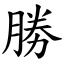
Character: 勝